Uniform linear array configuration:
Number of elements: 12
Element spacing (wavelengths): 1
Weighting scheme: kaiser
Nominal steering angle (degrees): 15
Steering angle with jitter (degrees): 16.892
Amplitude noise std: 0.05
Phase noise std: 0.05

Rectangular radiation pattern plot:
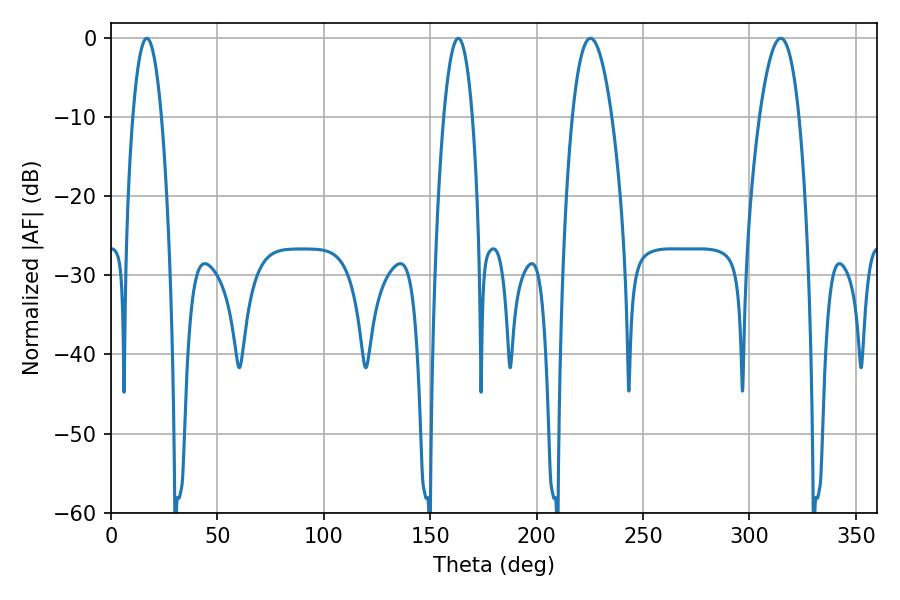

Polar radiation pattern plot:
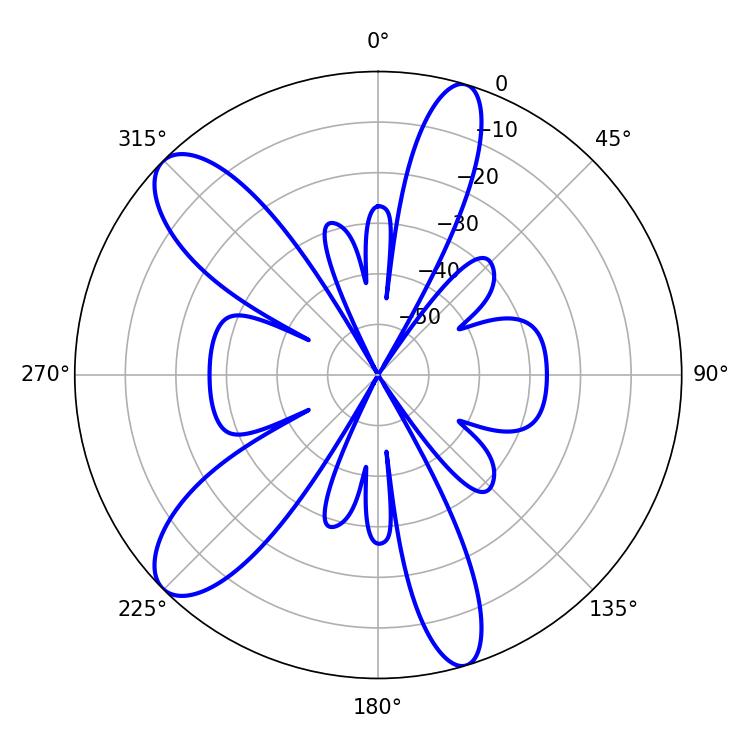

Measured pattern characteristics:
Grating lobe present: TRUE
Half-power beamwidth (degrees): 10.26
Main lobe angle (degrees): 225.36